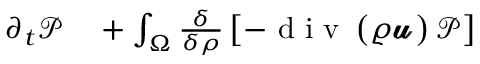
\begin{array} { r l } { \partial _ { t } \mathcal { P } } & { { } + \int _ { \Omega } \frac { \delta } { \delta \rho } \left[ - \mathrm { ~ d ~ i ~ v ~ } \left( \varrho \pmb { \mathscr { u } } \right) \mathcal { P } \right] } \end{array}